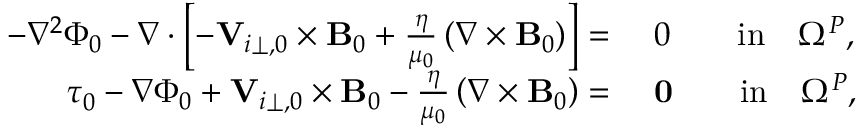
\begin{array} { r l } { - \nabla ^ { 2 } \Phi _ { 0 } - \nabla \cdot \left[ - { \mathbf V } _ { i \perp , 0 } \times { \mathbf B _ { 0 } } + \frac { \eta } { \mu _ { 0 } } \left( \nabla \times { \mathbf B _ { 0 } } \right) \right] = } & { ~ 0 \qquad \mathrm { i n } \quad \Omega ^ { P } , } \\ { \boldsymbol { \tau } _ { 0 } - \nabla \Phi _ { 0 } + { \mathbf V } _ { i \perp , 0 } \times { \mathbf B _ { 0 } } - \frac { \eta } { \mu _ { 0 } } \left( \nabla \times { \mathbf B _ { 0 } } \right) = } & { ~ \mathbf { 0 } \qquad \mathrm { i n } \quad \Omega ^ { P } , } \end{array}